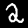
Digit: 2